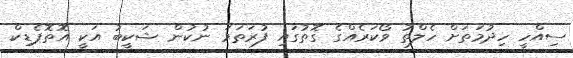
ސިއްހީ ހިދުމަތަށް ހެލްތު ވޯކަރެއްގެ ގޮތުގައި ފުރަތަމަ ނުކުން ޝަކީބު އަކީ އޮތޮޕެޑިކް